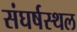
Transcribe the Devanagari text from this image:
संघर्षस्थल